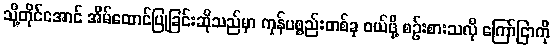
သို့တိုင်အောင် အိမ်ထောင်ပြုခြင်းဆိုသည်မှာ ကုန်ပစ္စည်းတစ်ခု ဝယ်ဖို့ စဉ်းစားသလို ကြော်ငြာကို